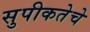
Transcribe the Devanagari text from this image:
सुपीकतेचे